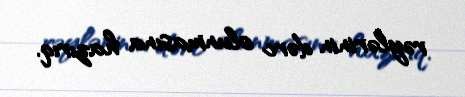
rəylərinin dərc olunmasına hazırıq.